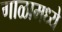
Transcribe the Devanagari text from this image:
गाळामध्ये